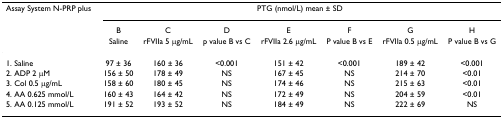
<table><thead><tr><td><b>Assay System N-PRP plus</b></td><td colspan="7"><b>PTG (nmol/L) mean ± SD</b></td></tr><tr><td></td><td><b>B</b></td><td><b>C</b></td><td><b>D</b></td><td><b>E</b></td><td><b>F</b></td><td><b>G</b></td><td><b>H</b></td></tr><tr><td></td><td><b>Saline</b></td><td><b>rFVIIa 5 μg/mL</b></td><td><b>p value B vs C</b></td><td><b>rFVIIa 2.6 μg/mL</b></td><td><b>P value B vs E</b></td><td><b>rFVIIa 0.5 μg/mL</b></td><td><b>P value B vs G</b></td></tr></thead><tbody><tr><td>1. Saline</td><td>97 ± 36</td><td>160 ± 36</td><td>&lt;0.001</td><td>151 ± 42</td><td>&lt;0.001</td><td>189 ± 42</td><td>&lt;0.001</td></tr><tr><td>2. ADP 2 μM</td><td>156 ± 50</td><td>178 ± 49</td><td>NS</td><td>167 ± 45</td><td>NS</td><td>214 ± 70</td><td>&lt;0.01</td></tr><tr><td>3. Col 0.5 μg/mL</td><td>158 ± 60</td><td>180 ± 45</td><td>NS</td><td>174 ± 46</td><td>NS</td><td>215 ± 63</td><td>&lt;0.01</td></tr><tr><td>4. AA 0.625 mmol/L</td><td>160 ± 43</td><td>164 ± 42</td><td>NS</td><td>172 ± 49</td><td>NS</td><td>204 ± 59</td><td>&lt;0.01</td></tr><tr><td>5. AA 0.125 mmol/L</td><td>191 ± 52</td><td>193 ± 52</td><td>NS</td><td>184 ± 49</td><td>NS</td><td>222 ± 69</td><td>NS</td></tr></tbody></table>